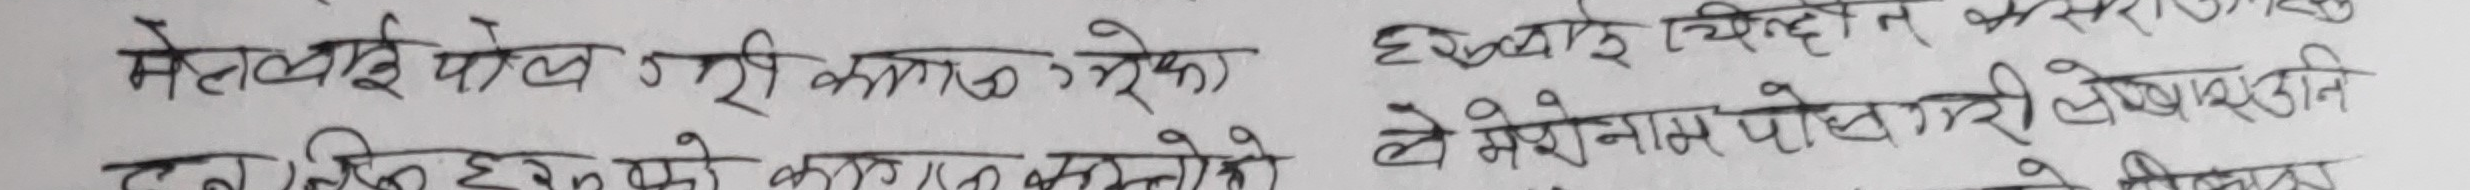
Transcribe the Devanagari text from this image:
मेलाई पोल गरी काम गरेको छैन । विल्छिन कसराउजाड
छन । किन हक काम नगरेको ले मेरोनाम पोखरी लेखावडाति